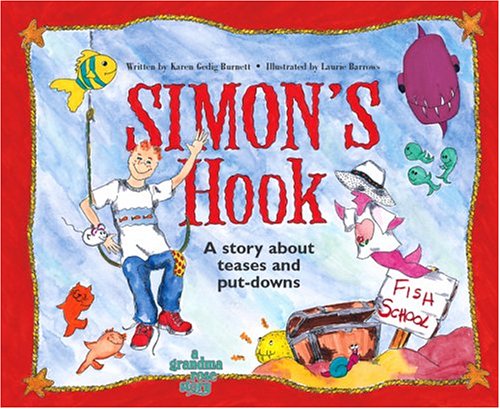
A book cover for Simon's Hook; A Story About Teases and Put-downs; Karen Gedig Burnett; Children's Books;